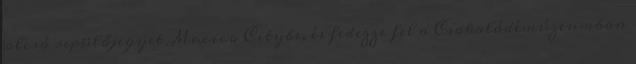
olcsó repülőjegyet Mexico Citybe, és fedezze fel a Csokoládémúzeumban